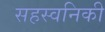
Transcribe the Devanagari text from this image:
सहस्वनिकी